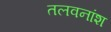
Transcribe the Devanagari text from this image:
तलवनांश